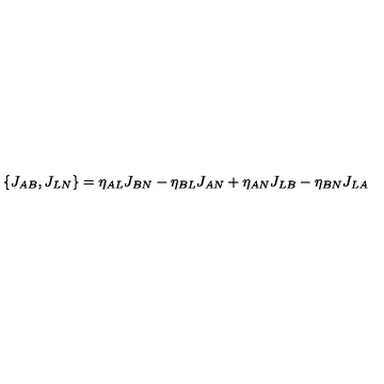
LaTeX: \{ J _ { A B } , J _ { L N } \} = \eta _ { A L } J _ { B N } - \eta _ { B L } J _ { A N } + \eta _ { A N } J _ { L B } - \eta _ { B N } J _ { L A }